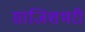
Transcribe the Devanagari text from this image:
साजिशभरी